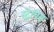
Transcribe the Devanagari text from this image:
स्ट्रेचिस